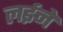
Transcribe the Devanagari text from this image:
लईने